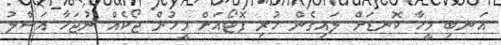
އަނބި މީހާ ކޮނޑަށް ލައިގެން ހުރި ފޮޓޯއަށް މީހުން ޖޯކެއް ނުޖަހާ އަސްލު